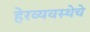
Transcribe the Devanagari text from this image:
हेरव्यवस्थेचे